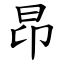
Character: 昂